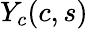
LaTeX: Y_{c}(c,s)